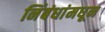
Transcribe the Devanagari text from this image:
निंबंधांमधून